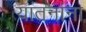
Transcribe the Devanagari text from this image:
यातनांना